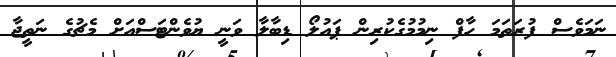
ނަމަވެސް ފުރަތަމަ ހާފް ނިމުމުގެކުރިން ޕައުލޯ ޑިބާލާ ވަނީ ޔުވެންޓަސްއަށް މެޗުގެ ނަތީޖާ